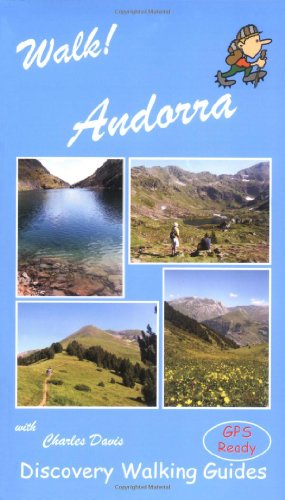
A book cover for Walk! Andorra; Charles Davis; Travel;